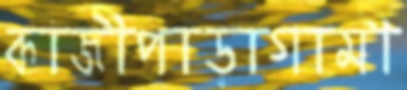
কাজীপাড়াগামী